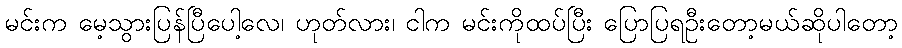
မင်းက မေ့သွားပြန်ပြီပေါ့လေ၊ ဟုတ်လား၊ ငါက မင်းကိုထပ်ပြီး ပြောပြရဦးတော့မယ်ဆိုပါတော့